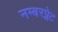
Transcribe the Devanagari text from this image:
नम्बरप्लेट